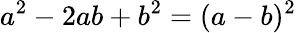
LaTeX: a^{2}-2ab+b^{2}=(a-b)^{2}